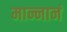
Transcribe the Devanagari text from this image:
मान्नानं